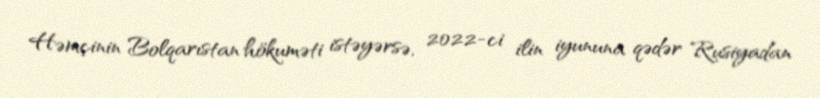
Həmçinin Bolqarıstan hökuməti istəyərsə, 2022-ci ilin iyununa qədər Rusiyadan